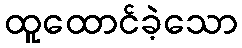
ထူထောင်ခဲ့သော